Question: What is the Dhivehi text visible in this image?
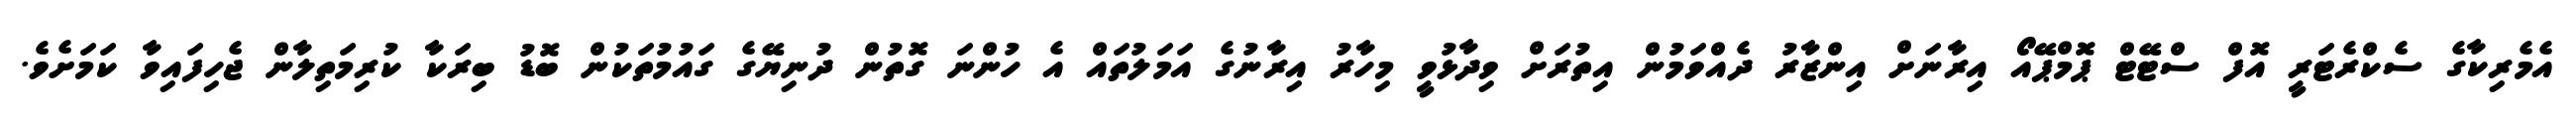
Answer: އެމެރިކާގެ ސެކްރެޓަރީ އޮފް ސްޓޭޓް ޕޮމްޕޭއޯ އިރާނަށް އިންޒާރު ދެއްވަމުން އިތުރަށް ވިދާޅުވީ މިހާރު އިރާނުގެ އަމަލުތައް އެ ހުންނަ ގޮތުން ދުނިޔޭގެ ގައުމުތަކުން ބޮޑު ބިރަކާ ކުރިމަތިލާން ޖެހިފައިވާ ކަމަށެވެ.